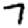
Digit: 7